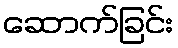
ဆောက်ခြင်း